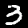
Digit: 3